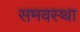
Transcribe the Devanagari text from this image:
समवस्था